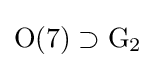
\mathrm {O} (7)\supset \mathrm {G} _{2}